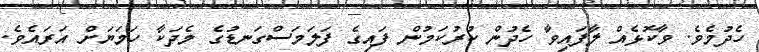
ހެދުމެވެ. ވާކޮޅެއް ލާފައިވާ ހެދުން ކުރުކަމުން ފައިގެ ފަލަމަސްގަނޑުގެ މެދަކާ ހަމަޔަށް އަރައެވެ.